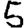
Digit: 5